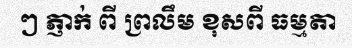
ៗ ភ្ញាក់ ពី ព្រលឹម ខុសពី ធម្មតា